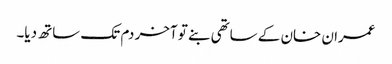
عمران خان کے ساتھی بنے تو آخر دم تک ساتھ دیا۔